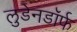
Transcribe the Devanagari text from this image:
लुडेनडॉर्फ